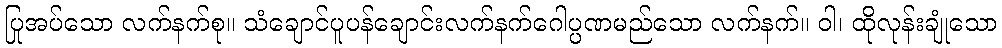
ပြုအပ်သော လက်နက်စု။ သံချောင်ပူပန်ချောင်းလက်နက်ဂေါပ္ပဏမည်သော လက်နက်။ ဝါ၊ ထိုလုန်းချုံသော